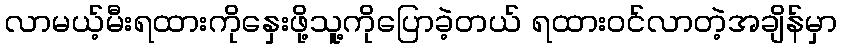
လာမယ့်မီးရထားကိုနှေးဖို့သူ့ကိုပြောခဲ့တယ် ရထားဝင်လာတဲ့အချိန်မှာ